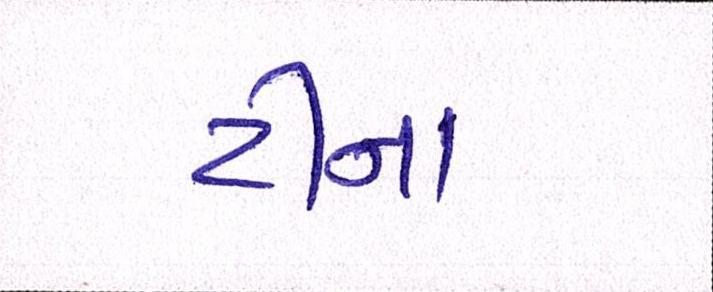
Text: ટીના